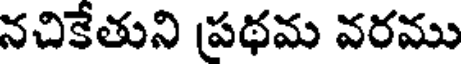
నచికేతుని ప్రథమ వరము